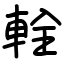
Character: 輇